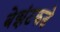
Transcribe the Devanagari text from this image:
बेझंटकडे